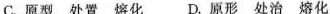
C.原型处置熔化 D.原形处治熔化